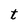
Character: t